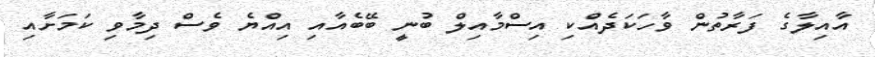
އާއިލާގެ ފަރާތުން ވާހަކަދެއްކި އިސްމާއިލް ބުނީ ބޭބެއާއި އިއްޔެ ވެސް ދިމާވި ކަމަށާއި